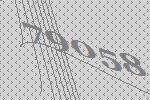
79058